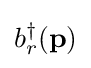
b_{r}^{\dagger }(\mathbf {p} )